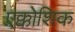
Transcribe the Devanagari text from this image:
एक्कोशिक